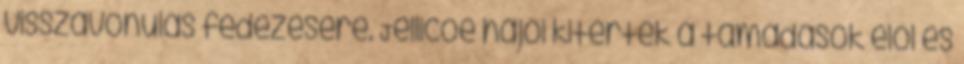
visszavonulás fedezésére. Jellicoe hajói kitértek a támadások elől és